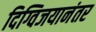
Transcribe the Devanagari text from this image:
दिग्विजयानंतर